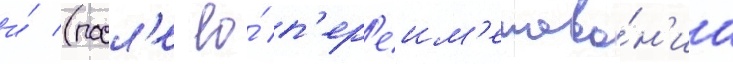
и́ (посл'е ео́ п'ер'еим'енова́н'иа